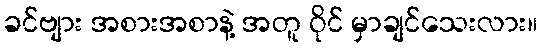
ခင်ဗျား အစားအစာနဲ့ အတူ ဝိုင် မှာချင်သေးလား။